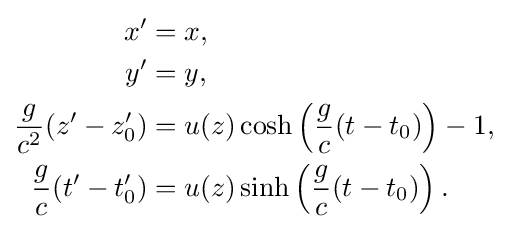
{\begin{aligned}x'&=x,\\y'&=y,\\{\frac {g}{c^{2}}}(z'-z_{0}')&=u(z)\cosh \left({\frac {g}{c}}(t-t_{0})\right)-1,\\{\frac {g}{c}}(t'-t_{0}')&=u(z)\sinh \left({\frac {g}{c}}(t-t_{0})\right).\end{aligned}}